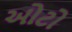
ઓટો